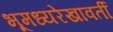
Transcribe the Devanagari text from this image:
भूमध्यरेखावर्ती